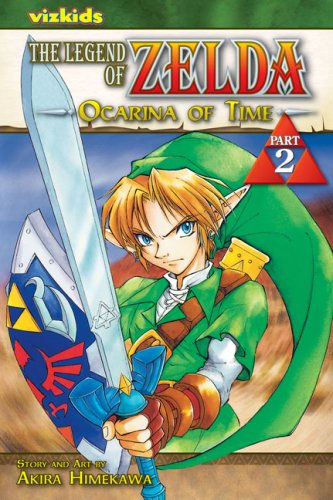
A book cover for The Legend of Zelda: Ocarina of Time, Vol. 2; Akira Himekawa; Comics & Graphic Novels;